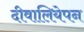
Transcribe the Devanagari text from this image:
दीवालियेपन